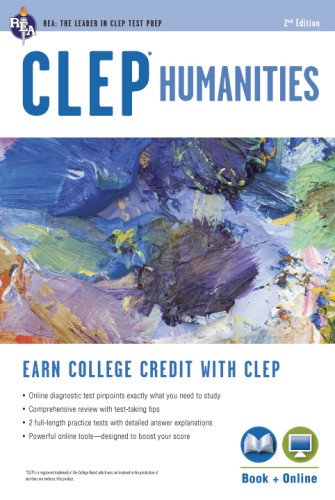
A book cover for CLEPÂ® Humanities Book + Online (CLEP Test Preparation); Robert Liftig Ph.D.; Test Preparation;